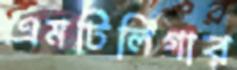
এমটিলিগার